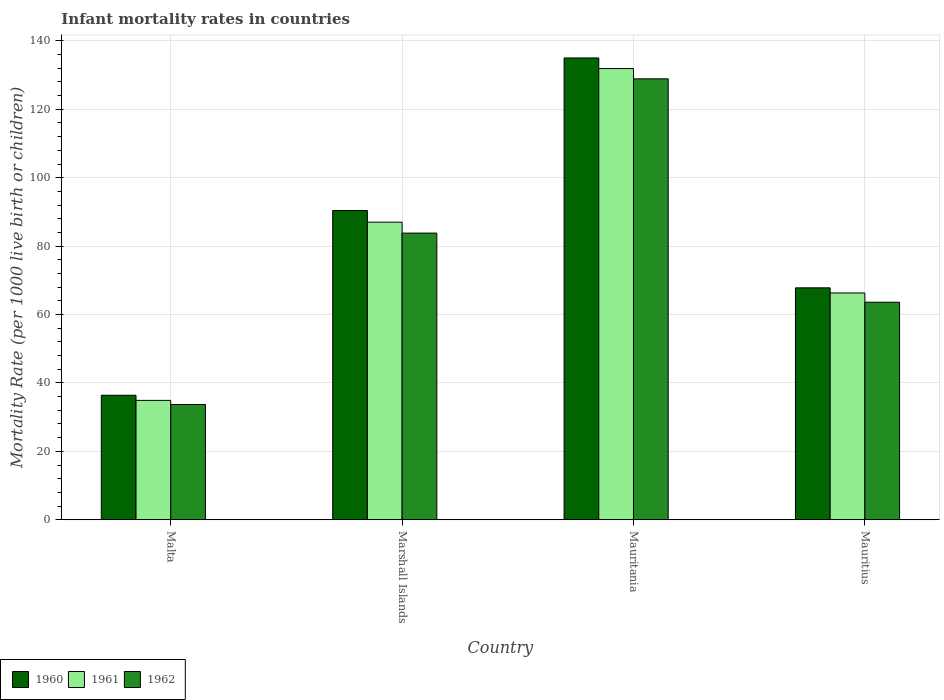
| Country | 1960 | 1961 | 1962 |
 | --- | --- | --- | --- |
 | Malta | 36.4 | 34.9 | 33.7 |
 | Marshall Islands | 90.4 | 87 | 83.8 |
 | Mauritania | 135 | 132 | 129 |
 | Mauritius | 67.8 | 66.3 | 63.6 |